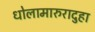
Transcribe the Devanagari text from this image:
धोलामारुरादुहा